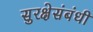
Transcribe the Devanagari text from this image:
सुरक्षेसंबंधी